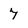
Character: 7